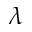
\lambda